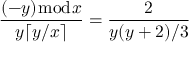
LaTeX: { \frac { ( - y ) { \bmod { x } } } { y \lceil y / x \rceil } } = { \frac { 2 } { y ( y + 2 ) / 3 } }